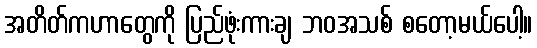
အတိတ်ကဟာတွေကို ပြည်ဖုံးကားချ ဘဝအသစ် စတော့မယ်ပေါ့။